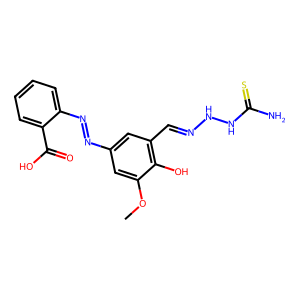
SMILES: COc1cc(N=Nc2ccccc2C(=O)O)cc(C=NNNC(N)=S)c1O
Inhibits HIV replication: No